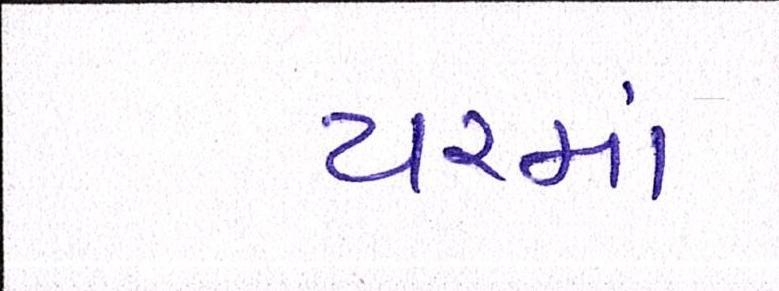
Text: યરમાં